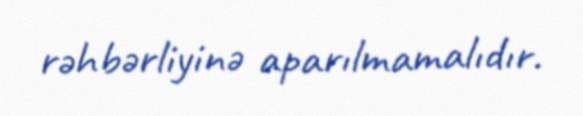
rəhbərliyinə aparılmamalıdır.